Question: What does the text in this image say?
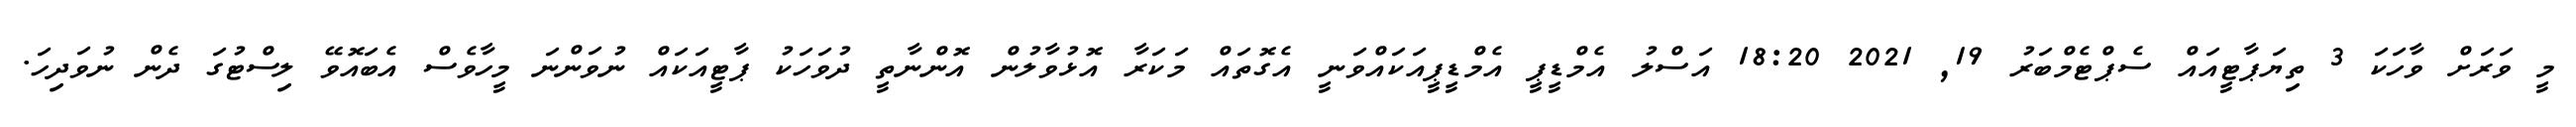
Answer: މީ ވަރަށް ވާހަކަ 3 ތިޔަޕާޓީއައް ސެޕްޓެމްބަރު 19, 2021 18:20 އަސްލު އެމްޑީޕީ އެމްޑީޕީއަކައްވަނީ އެގޮތައް މަކަރާ އޮޅުވާލުން އޮންނާތީ ދުވަހަކު ޕާޓީއަކައް ނުވަންނަ މީހާވެސް އެބައޮވޭ ލިސްޓުގަ ދެން ނުވަދިހަ.